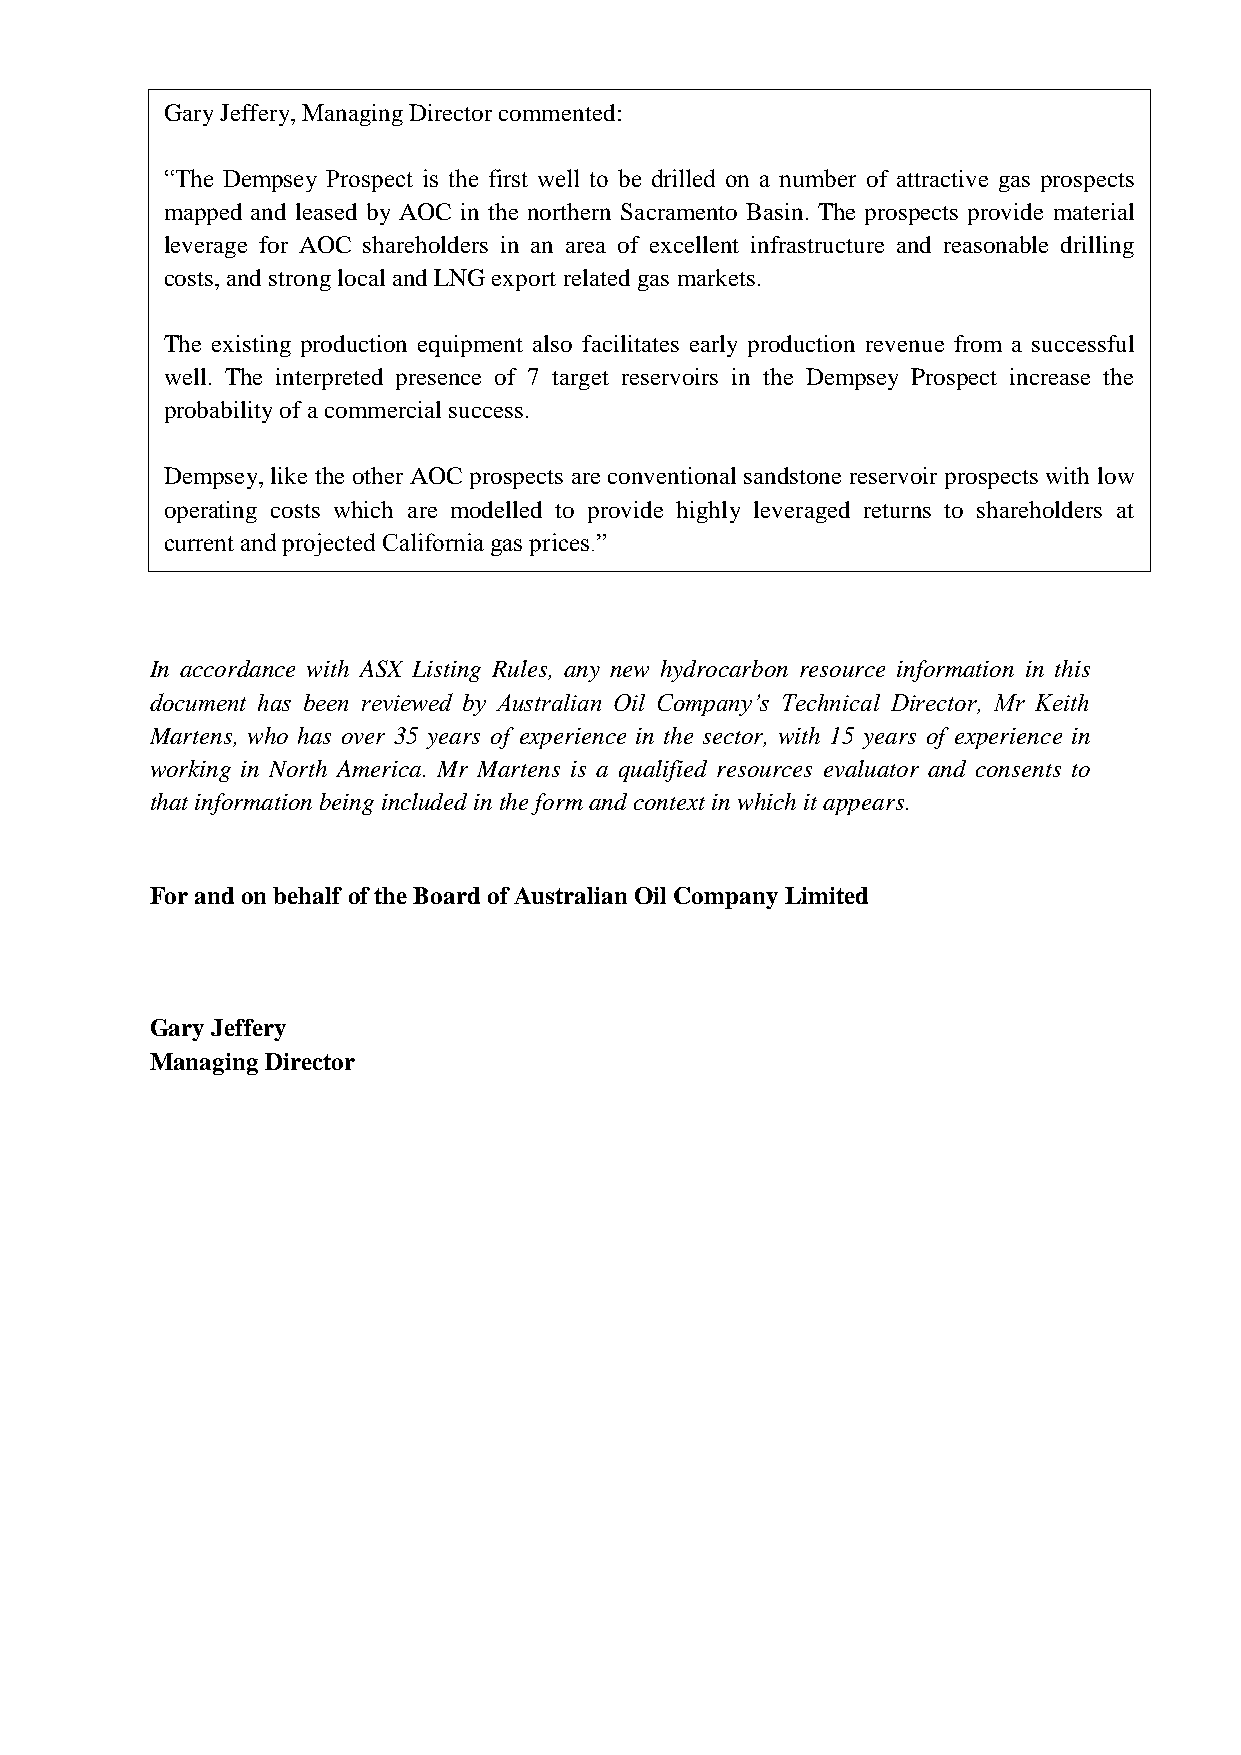
Gary Jeffery, Managing Director commented:
 “The Dempsey Prospect is the first well to be drilled on a number of attractive gas prospects
 mapped and leased by AOC in the northern Sacramento Basin. The prospects provide material
 leverage for AOC shareholders in an area of excellent infrastructure and reasonable drilling
 costs, and strong local and LNG export related gas markets.
 The existing production equipment also facilitates early production revenue from a successful
 well. The interpreted presence of 7 target reservoirs in the Dempsey Prospect increase the
 probability of a commercial success.
 Dempsey, like the other AOC prospects are conventional sandstone reservoir prospects with low
 operating costs which are modelled to provide highly leveraged returns to shareholders at
 current and projected California gas prices.”
 In accordance with ASX Listing Rules, any new hydrocarbon resource information in this
 document has been reviewed by Australian Oil Company’s Technical Director, Mr Keith
 Martens, who has over 35 years of experience in the sector, with 15 years of experience in
 working in North America. Mr Martens is a qualified resources evaluator and consents to
 that information being included in the form and context in which it appears.
 For and on behalf of the Board of Australian Oil Company Limited
 Gary Jeffery
 Managing Director